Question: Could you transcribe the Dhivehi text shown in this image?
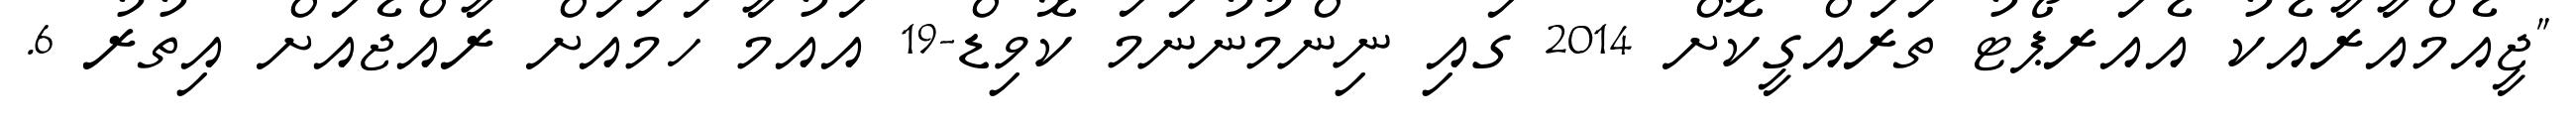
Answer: "ޖީއެމްއާރާއެކު އެއަރޕޯޓު ތަރައްގީކޮށް 2014 ގައި ނިންމުނުނަމަ ކޮވިޑް-19 އައުމާ ހަމައަށް ރާއްޖެއަށް އިތުރު 6.